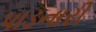
પાડનારી